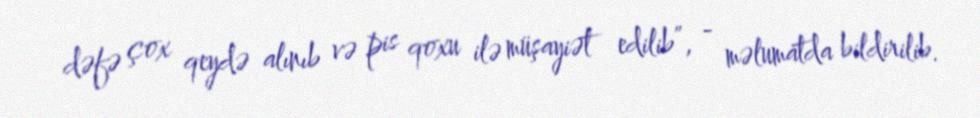
dəfə çox qeydə alınıb və pis qoxu ilə müşayiət edilib”, - məlumatda bildirilib.